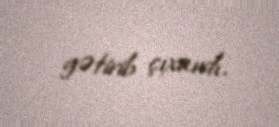
gətirib çıxardı.